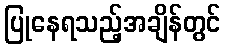
ပြုနေရသည့်အချိန်တွင်